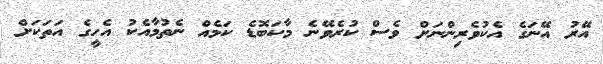
އޭރު އޭނަގެ އެކުވެރިންނަށް ވެސް ކުރެވޭނެ މާކަބޮޑެ ކަމެއް ނެތުމާއެކު އެހީގެ އަތަކަށް